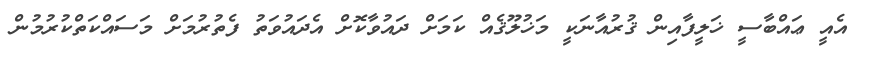
އެއީ ޢައްބާސީ ޚަލީފާއިން ޤުރުއާނަކީ މަޚުލޫޤެއް ކަމަށް ދައުވާކޮށް އެދައުވަތު ފެތުރުމަށް މަސައްކަތްކުރުމުން